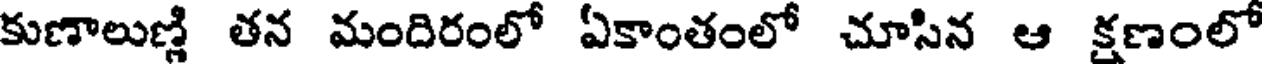
కుణాలుణ్లి తన మందిరంలో ఏకాంతంలో చూసిన ఆ క్షణంలో